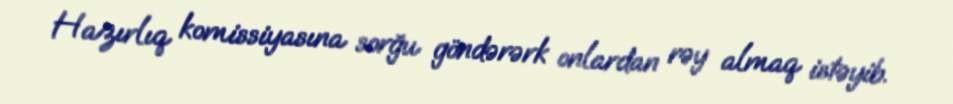
Hazırlıq komissiyasına sorğu göndərərk onlardan rəy almaq istəyib.